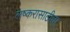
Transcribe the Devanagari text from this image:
लष्करासाठीचा